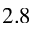
2 . 8